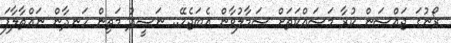
ރޯނުގަ ޖައްސަން ކުރާ މަސައްކަތަށް ސަމާލުވާން އެބަޖެހޭ.. ނަޝީދު މަތިން ހަނދާން ނައްތާލާފަ